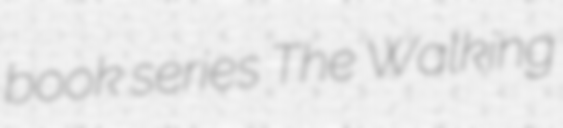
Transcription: book series The Walking